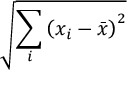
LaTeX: \sqrt { \sum _ { i } \left( x _ { i } - { \bar { x } } \right) ^ { 2 } }